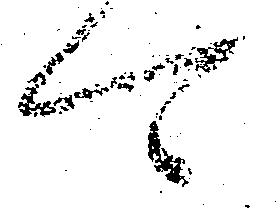
可